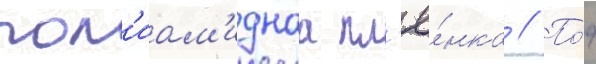
пол'иам'иднаа пл'ё́нка // По́д